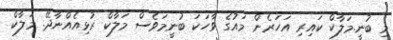
މި ބުނީ.މަލާކް ކައިރި އަހަރެން މައުގެ ވާހަކަ ބުނީމަވެސް މަލާކް ރުޅިއެއްނާދޭ. މަލާކް